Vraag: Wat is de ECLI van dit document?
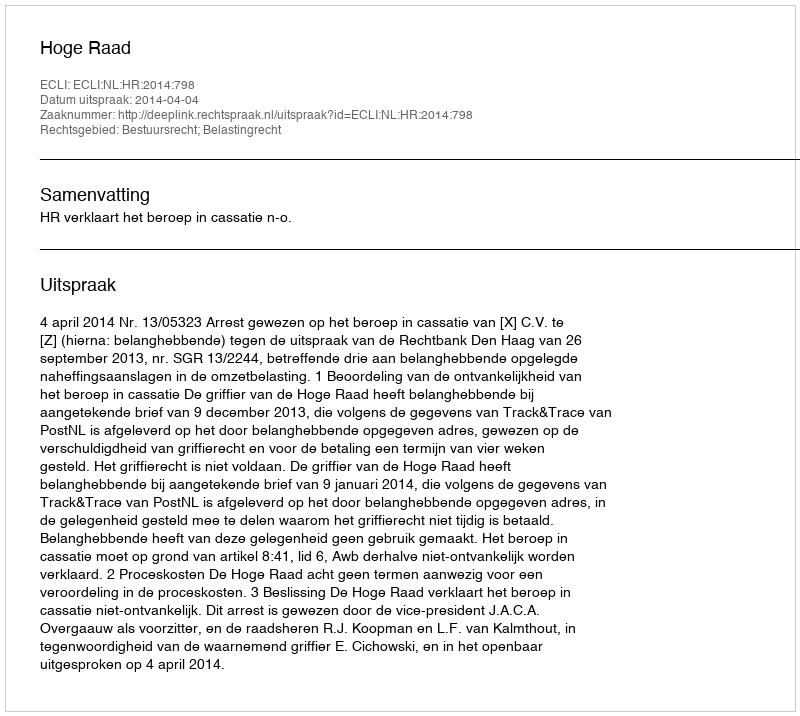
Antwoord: ECLI:NL:HR:2014:798